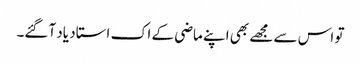
تو اس سے مجھے بھی اپنے ماضی کے اک استاد یاد آگئے۔